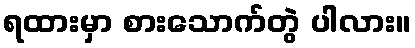
ရထားမှာ စားသောက်တွဲ ပါလား။